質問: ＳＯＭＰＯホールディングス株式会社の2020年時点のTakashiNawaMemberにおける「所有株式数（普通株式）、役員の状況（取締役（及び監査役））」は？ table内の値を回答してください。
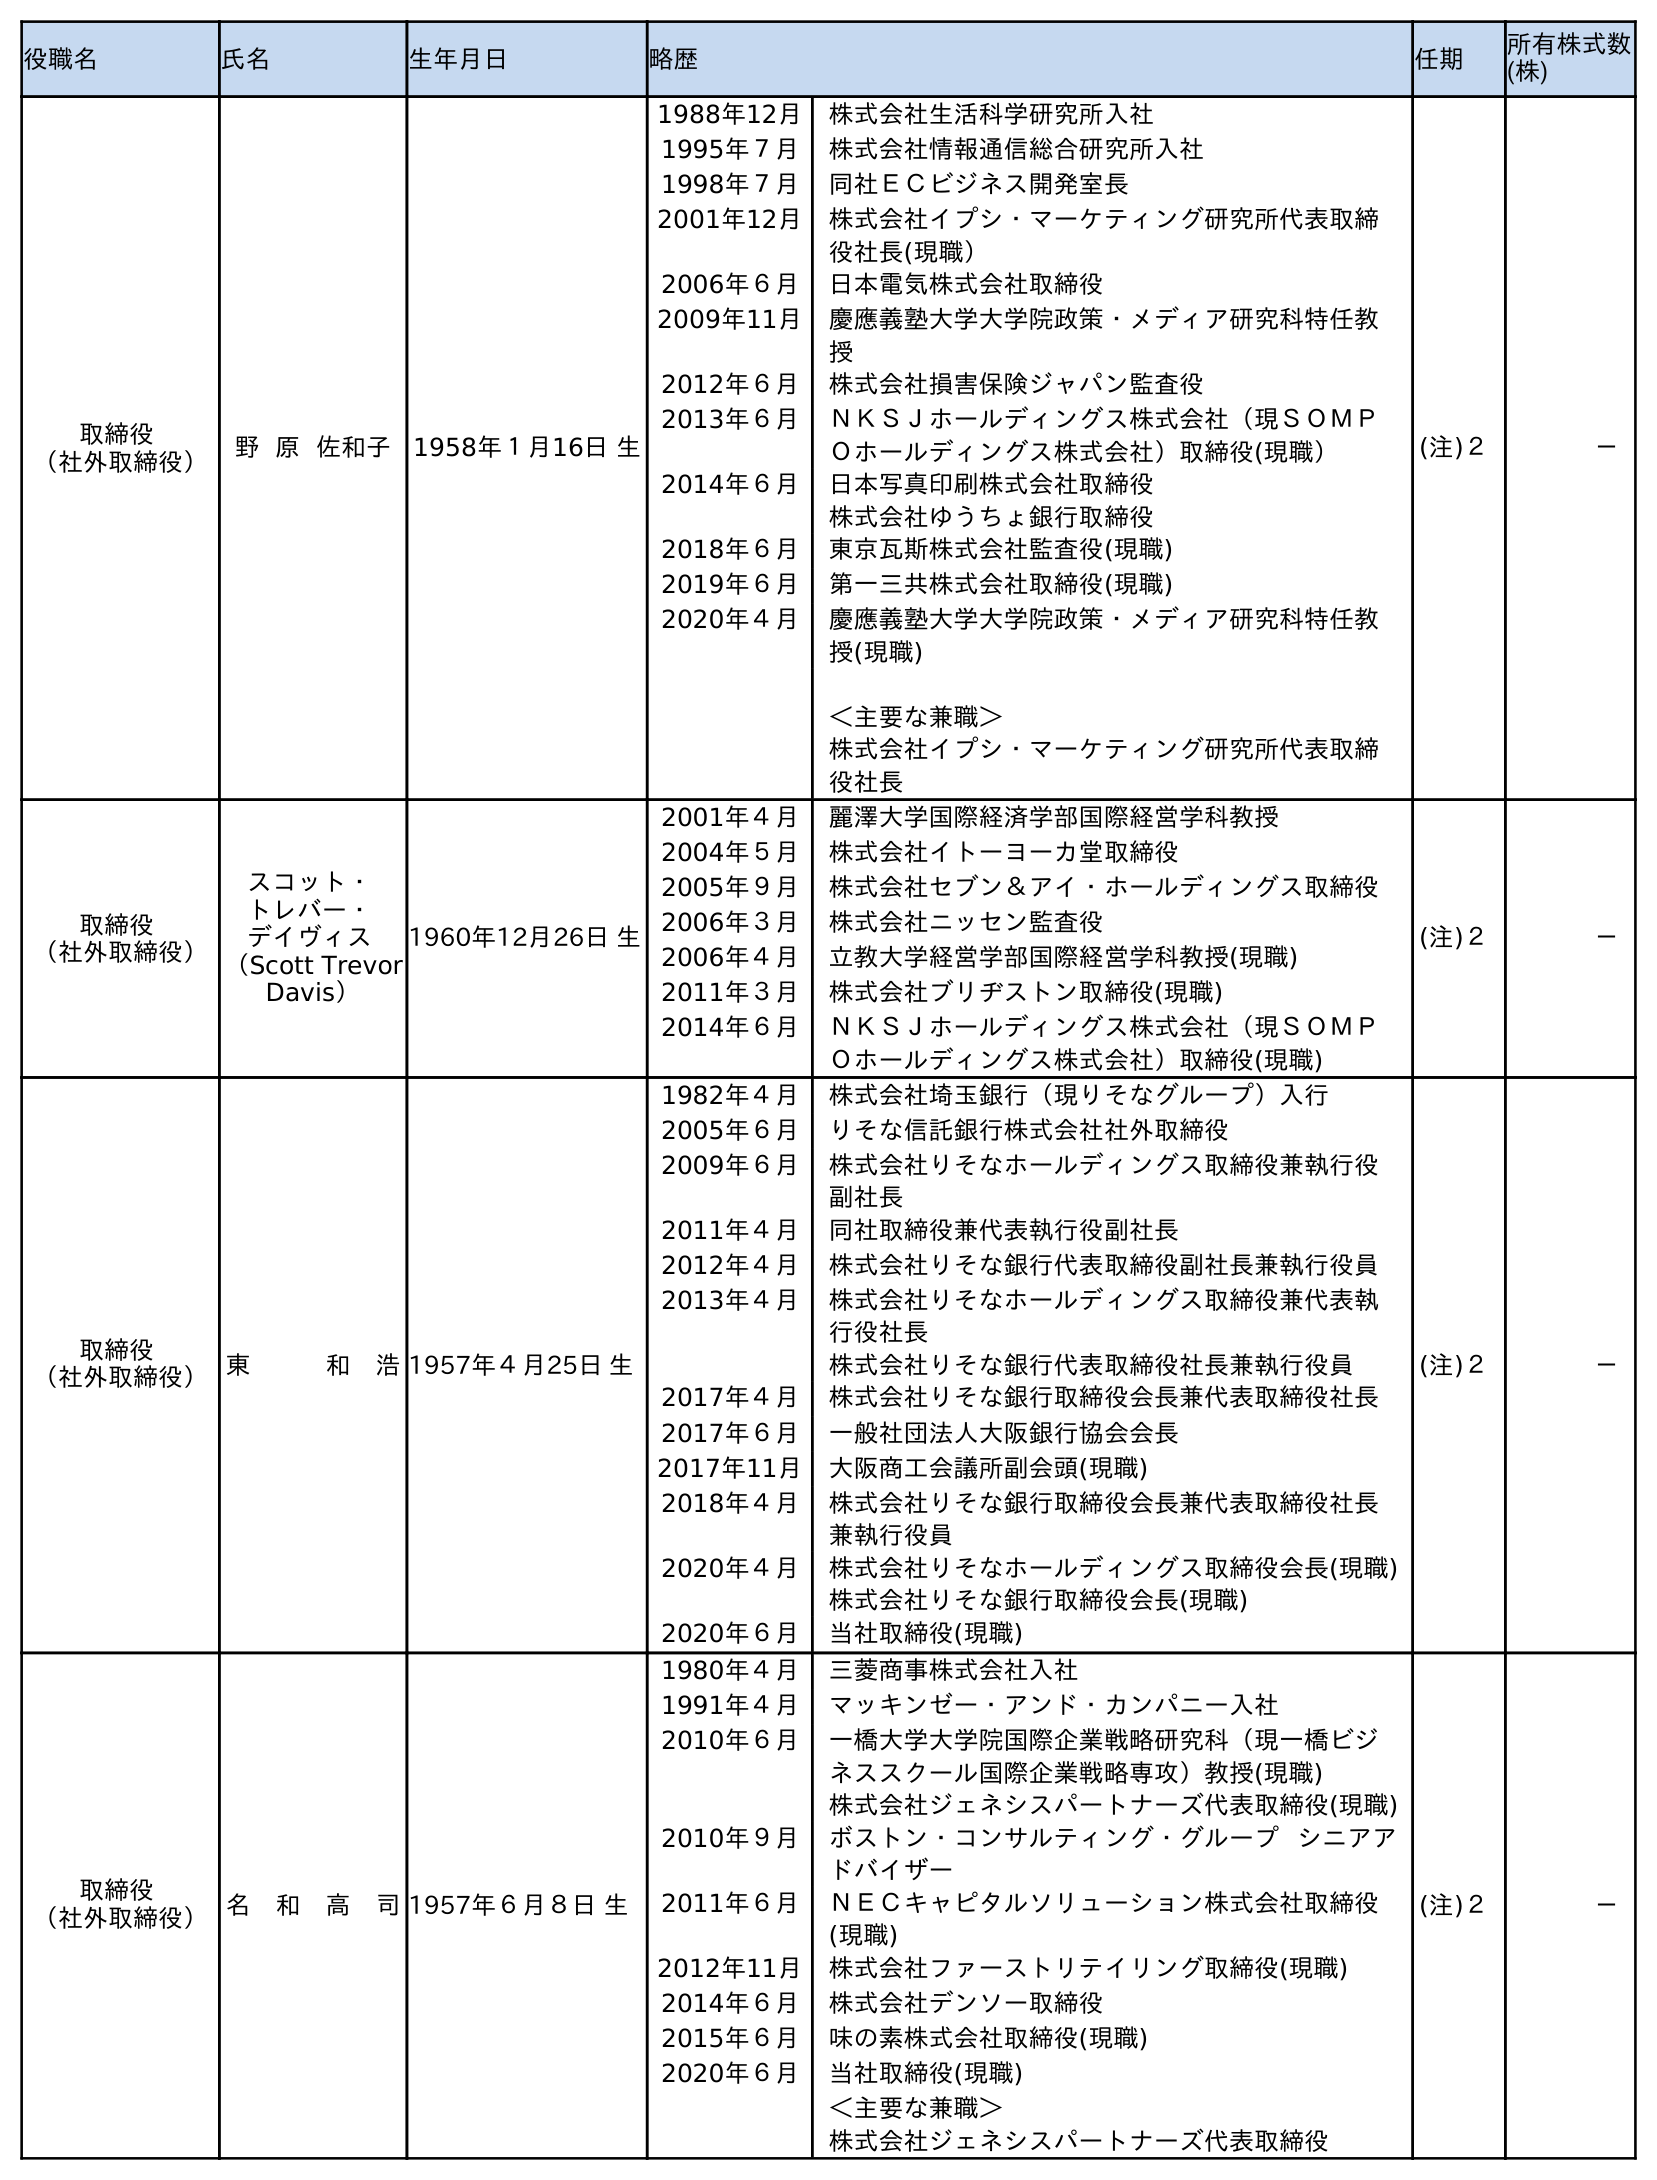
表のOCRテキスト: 役職名 氏名 生年月日 略歴 任期 所有株式数 (株) 取締役 （社外取締役） 野 原 佐和子 1958年１月16日 生 1988年12月 株式会社生活科学研究所入社 1995年７月 株式会社情報通信総合研究所入社 1998年７月 同社ＥＣビジネス開発室長 2001年12月 株式会社イプシ・マーケティング研究所代表取締 役社長(現職） 2006年６月 日本電気株式会社取締役 2009年11月 慶應義塾大学大学院政策・メディア研究科特任教 授 2012年６月 株式会社損害保険ジャパン監査役 2013年６月 ＮＫＳＪホールディングス株式会社（現ＳＯＭＰ Ｏホールディングス株式会社）取締役(現職） 2014年６月 日本写真印刷株式会社取締役 株式会社ゆうちょ銀行取締役 2018年６月 東京瓦斯株式会社監査役(現職) 2019年６月 第一三共株式会社取締役(現職) 2020年４月 慶應義塾大学大学院政策・メディア研究科特任教 授(現職) ＜主要な兼職＞ 株式会社イプシ・マーケティング研究所代表取締 役社長 (注)２ － 取締役 （社外取締役） スコット・ トレバー・ デイヴィス （Scott Trevor Davis） 1960年12月26日 生 2001年４月 麗澤大学国際経済学部国際経営学科教授 2004年５月 株式会社イトーヨーカ堂取締役 2005年９月 株式会社セブン＆アイ・ホールディングス取締役 2006年３月 株式会社ニッセン監査役 2006年４月 立教大学経営学部国際経営学科教授(現職) 2011年３月 株式会社ブリヂストン取締役(現職) 2014年６月 ＮＫＳＪホールディングス株式会社（現ＳＯＭＰ Ｏホールディングス株式会社）取締役(現職) (注)２ － 取締役 （社外取締役）東   和 浩1957年４月25日 生 1982年４月 株式会社埼玉銀行（現りそなグループ）入行 2005年６月 りそな信託銀行株式会社社外取締役 2009年６月 株式会社りそなホールディングス取締役兼執行役 副社長 2011年４月 同社取締役兼代表執行役副社長 2012年４月 株式会社りそな銀行代表取締役副社長兼執行役員 2013年４月 株式会社りそなホールディングス取締役兼代表執 行役社長 株式会社りそな銀行代表取締役社長兼執行役員 2017年４月 株式会社りそな銀行取締役会長兼代表取締役社長 2017年６月 一般社団法人大阪銀行協会会長 2017年11月 大阪商工会議所副会頭(現職) 2018年４月 株式会社りそな銀行取締役会長兼代表取締役社長 兼執行役員 2020年４月 株式会社りそなホールディングス取締役会長(現職) 株式会社りそな銀行取締役会長(現職) 2020年６月 当社取締役(現職) (注)２ － 取締役 （社外取締役）名 和 高 司1957年６月８日 生 1980年４月 三菱商事株式会社入社 1991年４月 マッキンゼー・アンド・カンパニー入社 2010年６月 一橋大学大学院国際企業戦略研究科（現一橋ビジ ネススクール国際企業戦略専攻）教授(現職) 株式会社ジェネシスパートナーズ代表取締役(現職) 2010年９月 ボストン・コンサルティング・グループ シニアア ドバイザー 2011年６月 ＮＥＣキャピタルソリューション株式会社取締役 (現職) 2012年11月 株式会社ファーストリテイリング取締役(現職) 2014年６月 株式会社デンソー取締役 2015年６月 味の素株式会社取締役(現職) 2020年６月 当社取締役(現職) ＜主要な兼職＞ 株式会社ジェネシスパートナーズ代表取締役 (注)２ －
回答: －